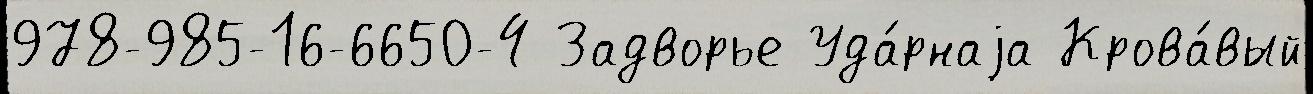
978-985-16-6650-4 Задворье Уда́рнаjа Крова́вый